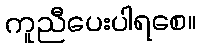
ကူညီပေးပါရစေ။